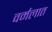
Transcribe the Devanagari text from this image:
वर्मलात